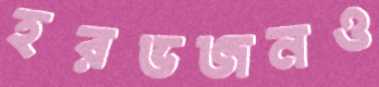
হরভজনও